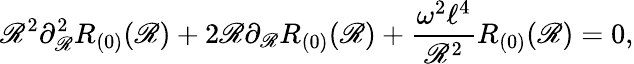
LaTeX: \mathscr{R}^{2}\partial_{\mathscr{R}}^{2}R_{(0)}(\mathscr{R})+2\mathscr{R}\partial_{\mathscr{R}}R_{(0)}(\mathscr{R})+\frac{{\omega^{2}\ell^{4}}}{{\mathscr{R}^{2}}}R_{(0)}(\mathscr{R})=0,